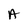
Character: A